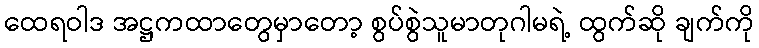
ထေရဝါဒ အဋ္ဌကထာတွေမှာတော့ စွပ်စွဲသူမာတုဂါမရဲ့ ထွက်ဆို ချက်ကို